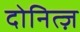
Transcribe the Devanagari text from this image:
दोनित्ज़